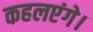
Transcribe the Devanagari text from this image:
कहलएंगे।